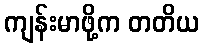
ကျန်းမာဖို့က တတိယ